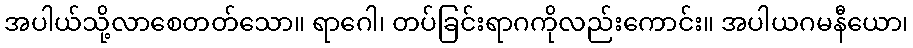
အပါယ်သို့လာစေတတ်သော။ ရာဂေါ၊ တပ်ခြင်းရာဂကိုလည်းကောင်း။ အပါယဂမနီယော၊